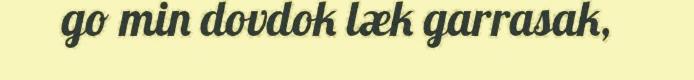
go min dovdok læk garrasak,